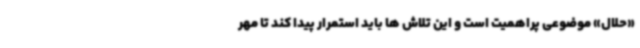
«حلال» موضوعی پراهمیت است و این تلاش ها باید استمرار پیدا کند تا مهر